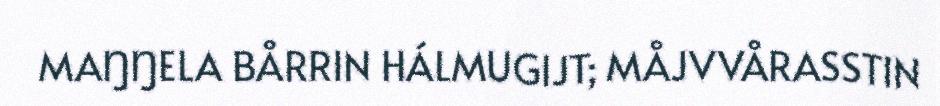
MAŊŊELA BÅRRIN HÁLMUGIJT; MÅJVVÅRASSTIN